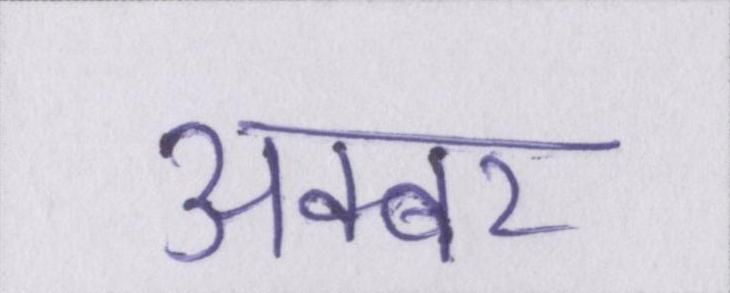
अक्बर